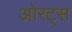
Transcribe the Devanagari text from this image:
ओरट्स